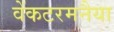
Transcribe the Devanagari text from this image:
वेंकटरमनैया